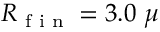
R \textsubscript { f i n } = 3 . 0 ~ \mu